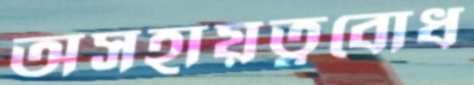
অসহায়ত্ববোধ